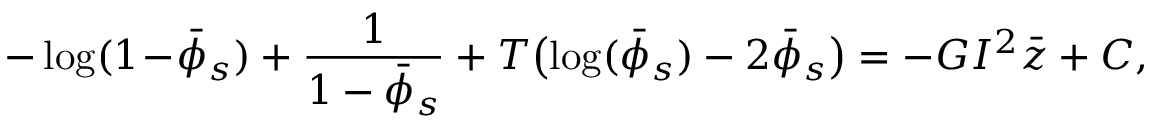
- \log ( 1 \! - \! \bar { \phi } _ { s } ) + \frac { 1 } { 1 - \bar { \phi } _ { s } } + T \bigl ( \log ( \bar { \phi } _ { s } ) - 2 \bar { \phi } _ { s } \bigr ) = - G I ^ { 2 } \bar { z } + C ,